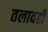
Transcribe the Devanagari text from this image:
तलावही